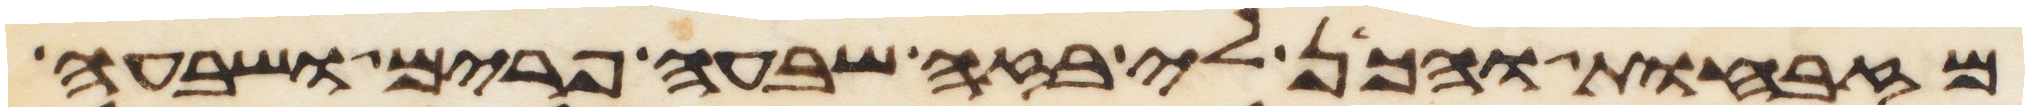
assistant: מזבחות והכן לי בזה שבעה פרים ושבעה